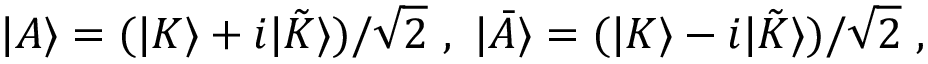
| A \rangle = ( | K \rangle + i | { \tilde { K } } \rangle ) / \sqrt { 2 } \ , \ | { \bar { A } } \rangle = ( | K \rangle - i | { \tilde { K } } \rangle ) / \sqrt { 2 } \ ,